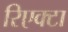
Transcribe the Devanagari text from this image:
रिएक्टा